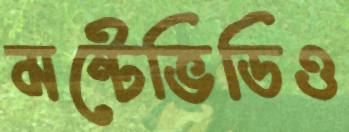
মন্টেভিডিও